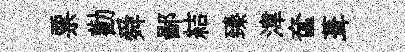
票勸舜鄙結臻湋奩葺